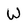
Character: W